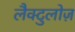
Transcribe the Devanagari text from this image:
लैक्टुलोज़